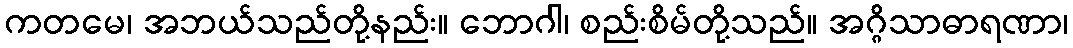
ကတမေ၊ အဘယ်သည်တို့နည်း။ ဘောဂါ၊ စည်းစိမ်တို့သည်။ အဂ္ဂိသာဓာရဏာ၊